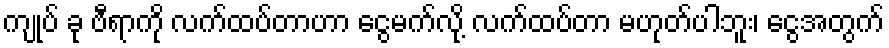
ကျုပ် ခု ဗီရာကို လက်ထပ်တာဟာ ငွေမက်လို့ လက်ထပ်တာ မဟုတ်ပါဘူး၊ ငွေအတွက်